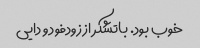
خوب بود. باتشکر از زودفود و دایی